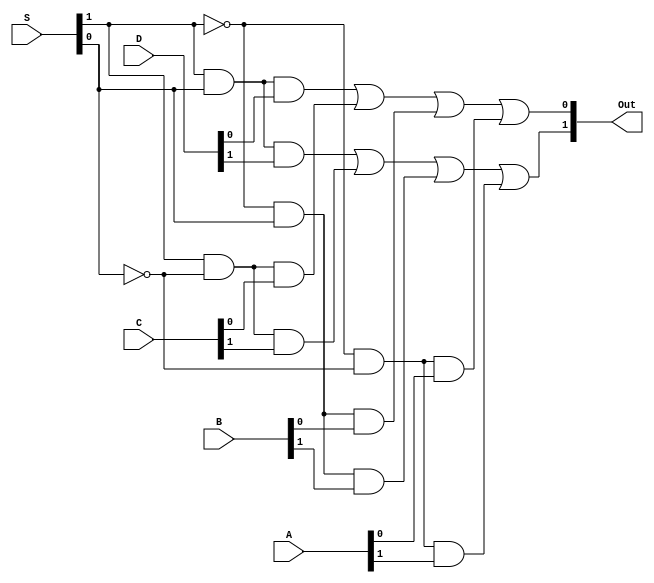
module ttl74153(Out, S, A, B, C, D);
    output [1:0] Out;
    input [1:0] S;
    input [1:0] A;
    input [1:0] B;
    input [1:0] C;
    input [1:0] D;

    assign #30 Out[0] =
	  ( S[1] &  S[0] & D[0])
	| ( S[1] & !S[0] & C[0])
	| (!S[1] &  S[0] & B[0])
	| (!S[1] & !S[0] & A[0]);

    assign #30 Out[1] =
	  ( S[1] &  S[0] & D[1])
	| ( S[1] & !S[0] & C[1])
	| (!S[1] &  S[0] & B[1])
	| (!S[1] & !S[0] & A[1]);

endmodule